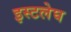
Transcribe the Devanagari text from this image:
इस्टलेघ